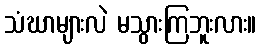
သံဃာများလဲ မသွားကြဘူးလား။